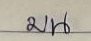
บน